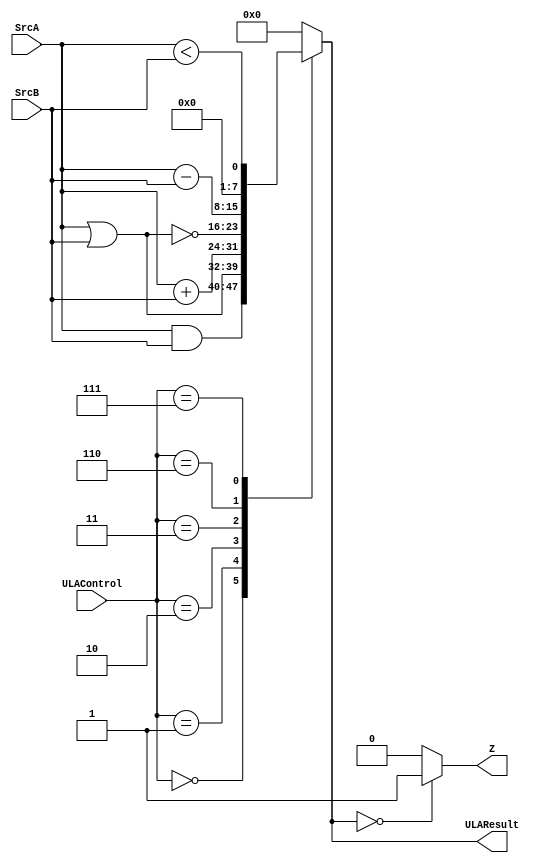
//// ULA
/// 0 - soma 
/// 1 - subtrai
/// 2 - right shift
/// 3 - left shift

module ULA(input [7:0]SrcA, SrcB, input[2:0] ULAControl, output reg[7:0]ULAResult, output reg Z);
	
	always@(*) begin
		case (ULAControl)
		3'b000: ULAResult = SrcA & SrcB;
		3'b001: ULAResult = SrcA | SrcB;
		3'b010: ULAResult = SrcA + SrcB;
		3'b011: ULAResult = ~(SrcA | SrcB);
		3'b110: ULAResult = SrcA - SrcB;
		3'b111: ULAResult = SrcA < SrcB;
		default: ULAResult = 0;
		endcase
		
		
		Z = !ULAResult ? 1 : 0;
	end
	
endmodule